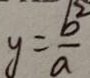
y = \frac { b ^ { 2 } } { a }